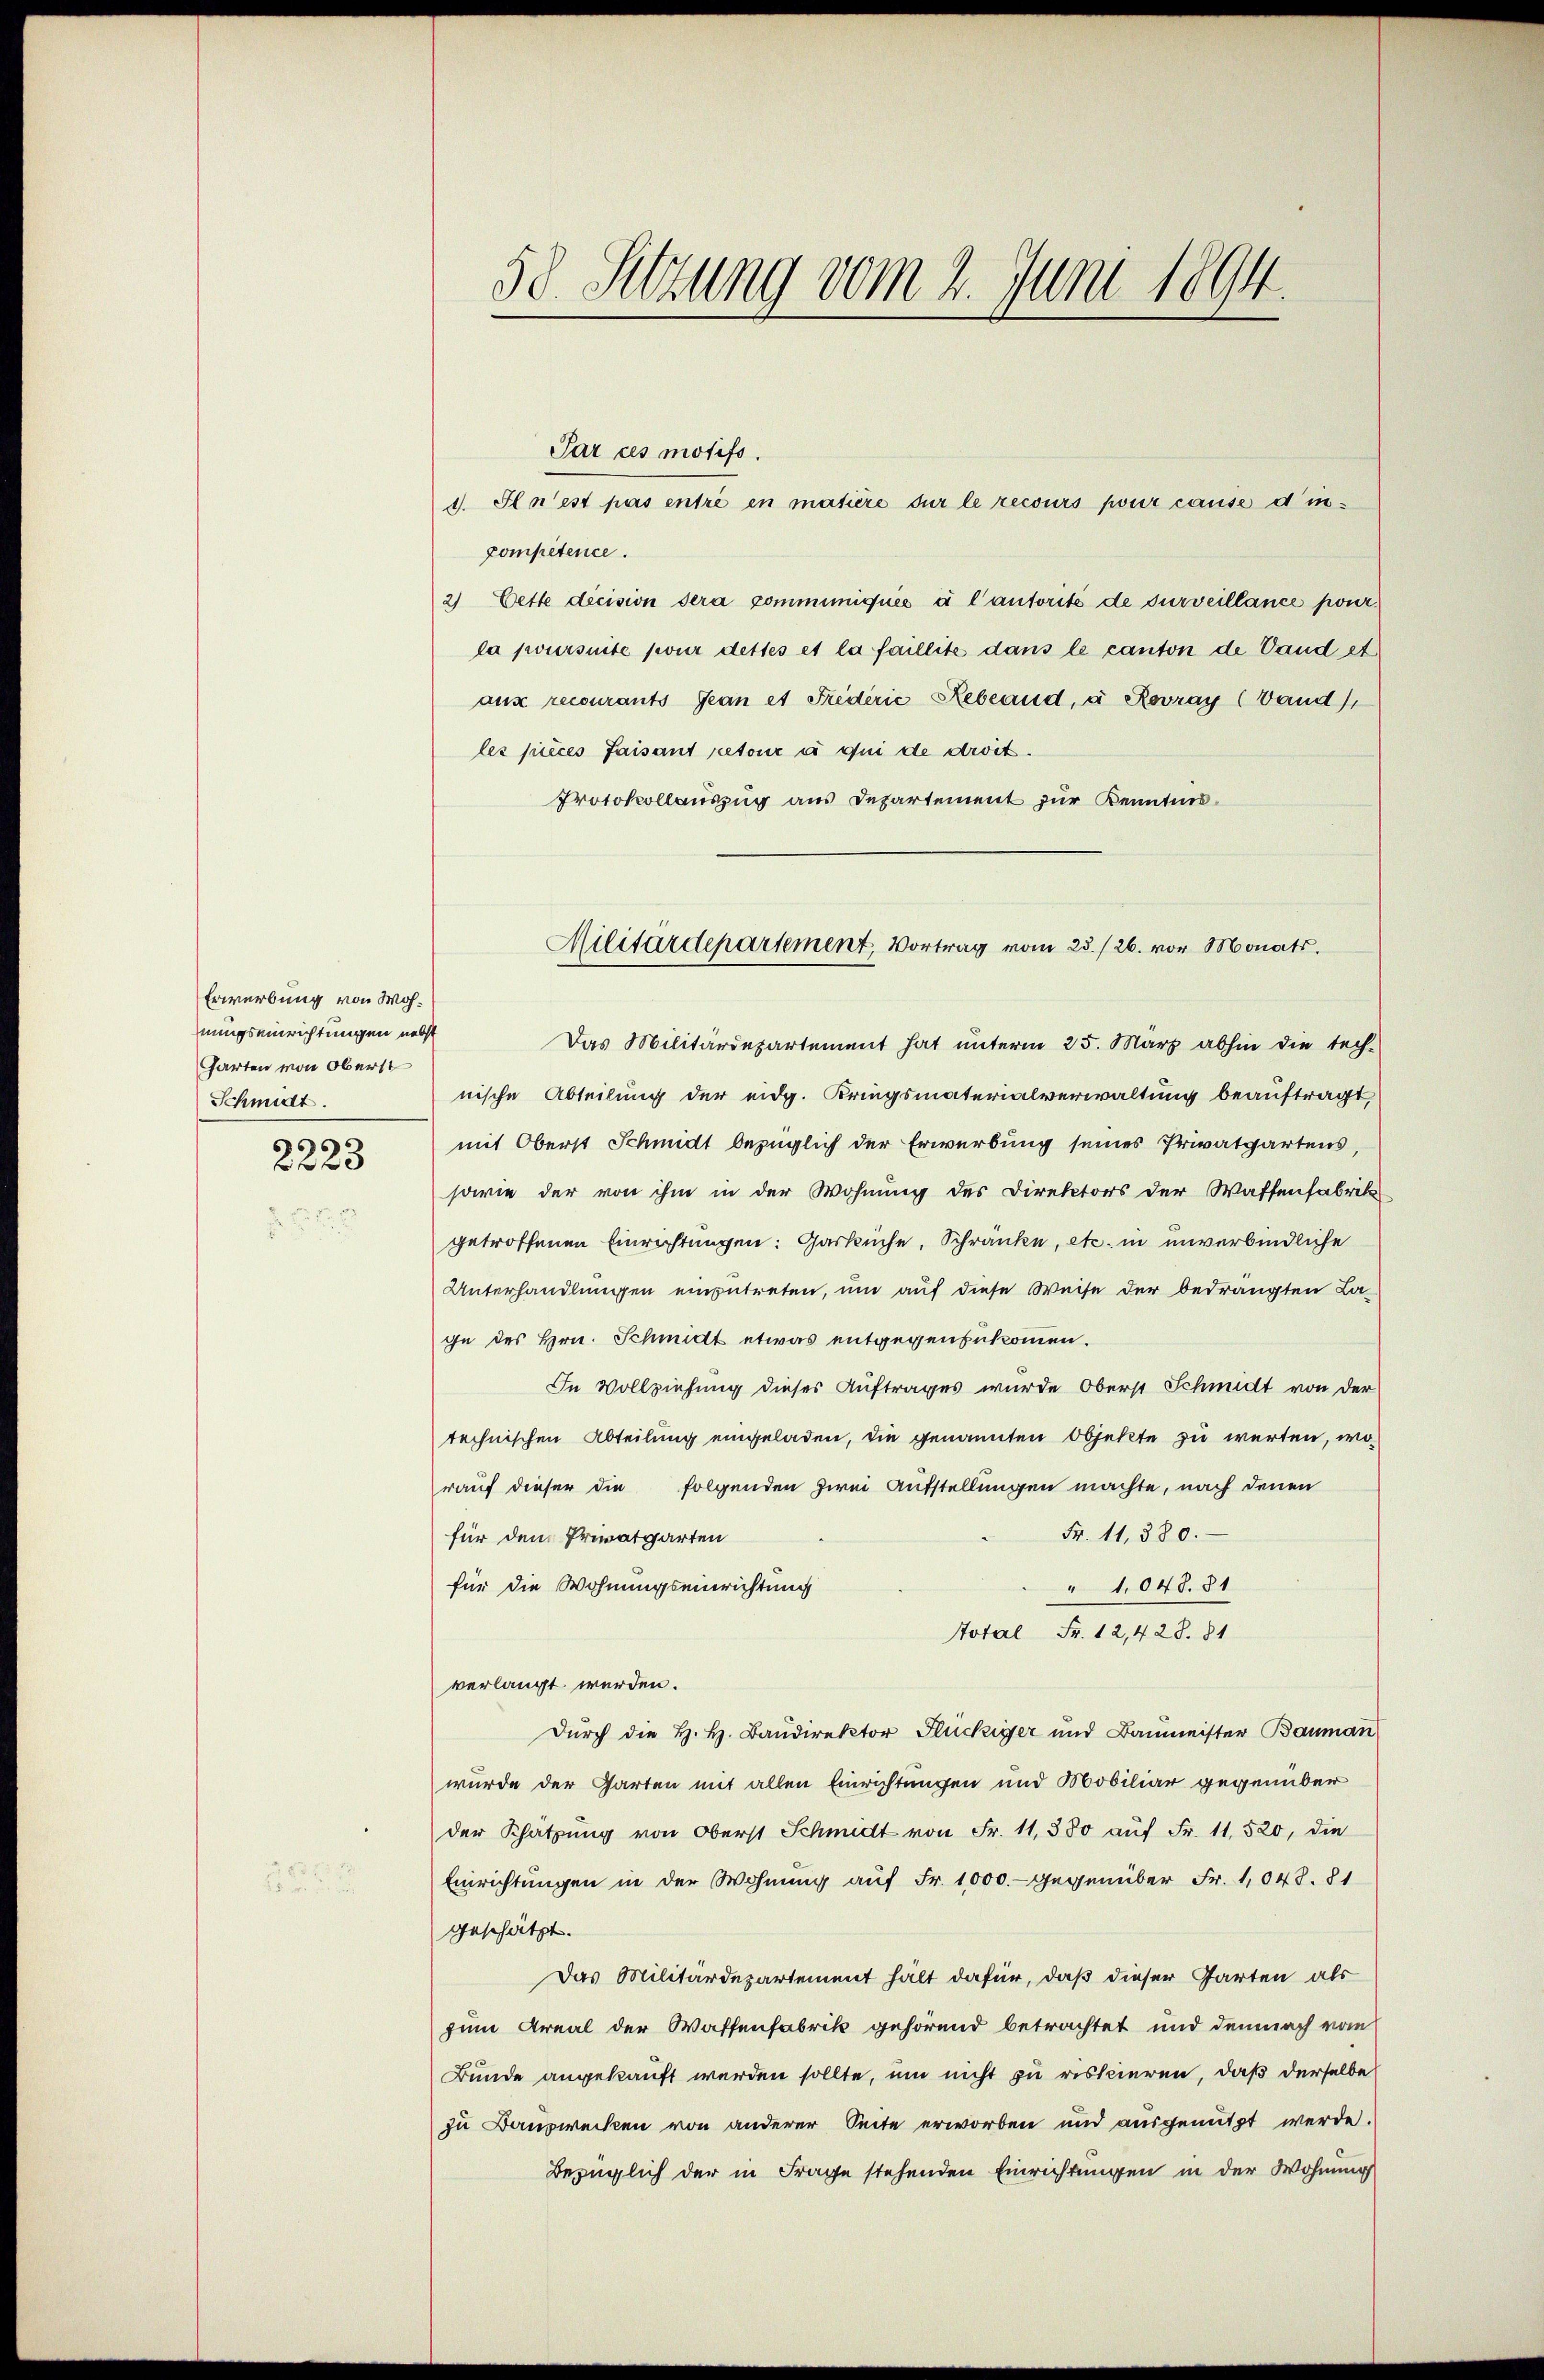
Erwerbung von Wohnungseinrichtungen nebst
Garten von Oberst
Schmidt.
s

223

Par ces motifs.
1. Il n’est pas entré en matière sur le recours pour cause dinpompetence.
2) Cette dicision dera communiqués à l’autorité de surveillance ponila poursuite pour dettes et la faillite dans le canton de Vand et
aux recourants Jean et Frederić Rebland, u Rovray (Vand),
les pièces faisant retour à qui de droit.
Protokollauszug aus Departement zur Kenntnis¬
Das Militärdepartement hat unterm 25. März abhin die tech-
nische Abteilung der eidg. Kriegsmaterialverwaltung beauftragt,
mit Oberst Schmidt bezüglich der Erwerbung seines Privatgartens,
sowie der von ihm in der Wohnung des Direktors der Waffensfabrik
getroffenen Einrichtungen: Garküche, Schränke, etc. in unverbindliche
Unterhandlungen einzutreten, um auf diese Weise der bedrängten Lage des Hrn. Schmidt etwas entgegenzukommen.
In Vollziehung dieses Auftrages wurde Oberst Schmidt von der
technischen Abteilung eingeladen, die genannten Objekte zu werten, wo
rauf dieser die folgenden zwei Aufstellungen machte, nach denen
Fr. 11, 380.
für dem Privatgarten
für die Wohnungseinrichtung
" 1,048. 31
Total Fr. 12,428. 81
verlangt werden.
Dŭrch die H. H. Baŭdirektor Flückiger und Baumeister Bauman
wurde der Garten mit allen Einrichtungen und Mobiliar gegenüber
der Schätzung von Oberst Schmidt von Fr. 11,380 aŭf Fr. 11. 520, die
Einrichtungen in der Wohnung auf Fr. 1000.- gegenüber Fr. 1048. 81
geschätzt.
Das Militärdepartement hält dafür, daß dieser Garten als
zum Areal der Waffenfabrik gehörend betrachtet und demnach vom
Bunde angekauft werden sollte, um nicht zu riskieren, daß derselbe
zu Bauzwecken von anderer Seite erworben und ausgenutzt werde.
Bezüglich der in Frage stehenden Einrichtungen in der Wohnung

508. Setzung vom 2. Juni 1894.

Militärdepartement, Vortrag vom 23./26. vor Monats.